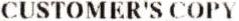
CUSTOMER'S COPY